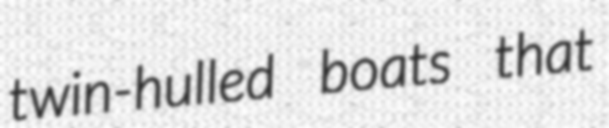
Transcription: twin-hulled boats that